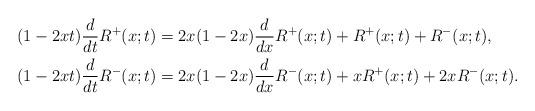
LaTeX: \begin{align*}(1-2xt)\frac{d}{dt}R^+(x;t)&=2x(1-2x)\frac{d}{dx}R^+(x;t)+R^+(x;t)+R^-(x;t),\\(1-2xt)\frac{d}{dt}R^-(x;t)&=2x(1-2x)\frac{d}{dx}R^-(x;t)+xR^+(x;t)+2xR^-(x;t).\end{align*}